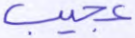
عجيب